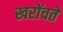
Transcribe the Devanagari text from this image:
खरोंचते